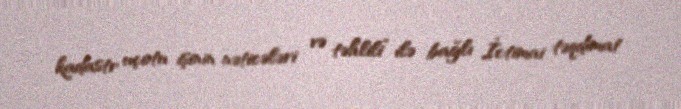
kadastr uçotu işinin nəticələri və təhlili” ilə bağlı İctimai təqdimat